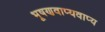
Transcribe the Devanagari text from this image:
भूषणवाप्यवाप्य